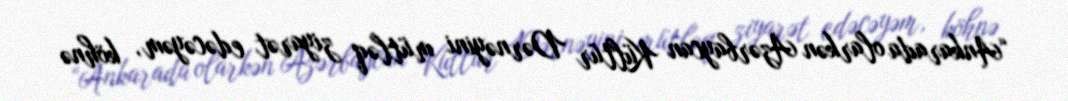
“Ankarada olarkən Azərbaycan Kültür Dərnəyini mütləq ziyarət edəcəyəm, köhnə